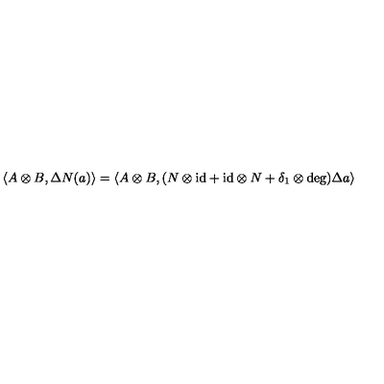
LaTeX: \langle A \otimes B , \Delta N ( a ) \rangle = \langle A \otimes B , ( N \otimes \mathrm { i d } + \mathrm { i d } \otimes N + \delta _ { 1 } \otimes \deg ) \Delta a \rangle